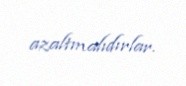
azaltmalıdırlar.